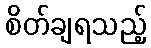
စိတ်ချရသည့်